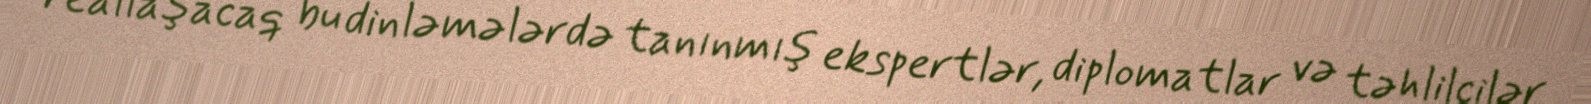
reallaşacaq bu dinləmələrdə tanınmış ekspertlər, diplomatlar və təhlilçilər